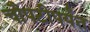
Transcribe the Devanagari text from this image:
चौपटीपर्यंत